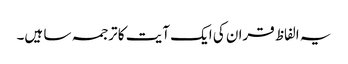
یہ الفاظ قران کی ایک آیت کا ترجمہ سا ہیں۔